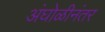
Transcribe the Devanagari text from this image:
अंघोळीनंतर